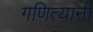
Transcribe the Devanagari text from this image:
गणित्यानीं